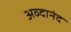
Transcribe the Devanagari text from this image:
अव्दानंद